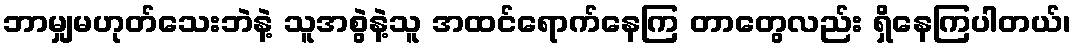
ဘာမျှမဟုတ်သေးဘဲနဲ့ သူအစွဲနဲ့သူ အထင်ရောက်နေကြ တာတွေလည်း ရှိနေကြပါတယ်၊